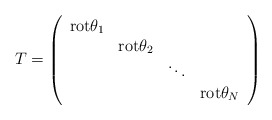
\begin{align*}T=\left(\begin{array}{cccc}{\rm rot} \theta_1 & & & \\ & {\rm rot} \theta_2 & & \\ & & \ddots & \\ & & & {\rm rot} \theta_N \\\end{array}\right)\end{align*}